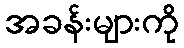
အခန်းများကို